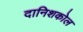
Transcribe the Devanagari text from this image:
दानिशकोल